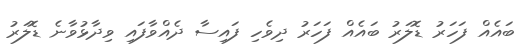
ބައެއް ފަހަރު ޑޮލަރު ބައެއް ފަހަރު ދިވެހި ފައިސާ ދެއްވާފައި ވިދާޅުވާނެ ޑޮލަރު